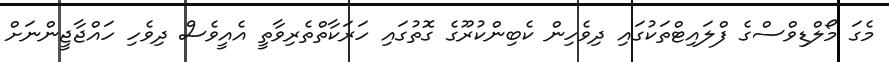
މެގަ މޯލްޑިވްސްގެ ފްލައިޓްތަކުގައި ދިވެހިން ކެބިންކުރޫގެ ގޮތުގައި ހަރަކާތްތެރިވާތީ އެއީވެސް ދިވެހި ހައްޖާޖީންނަށް